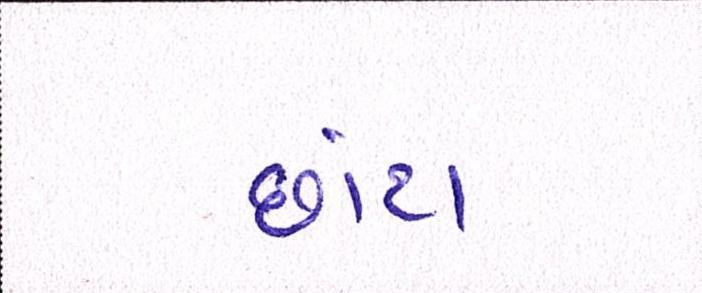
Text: છાંટા